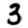
Digit: 3